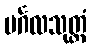
မင်္ဂလသုတ္တံ